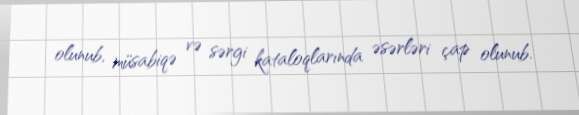
olunub, müsabiqə və sərgi kataloqlarında əsərləri çap olunub.